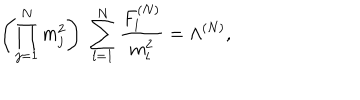
\left( \prod _ { j = 1 } ^ { N } m _ { j } ^ { 2 } \right) \; \sum _ { l = 1 } ^ { N } \frac { F _ { l } ^ { ( N ) } } { m _ { l } ^ { 2 } } = \Lambda ^ { ( N ) } ,